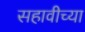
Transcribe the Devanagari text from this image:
सहावीच्या